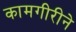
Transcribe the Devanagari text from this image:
कामगीरीने